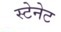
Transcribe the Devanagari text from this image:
स्टेनेट